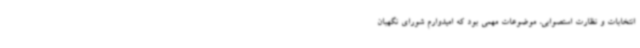
انتخابات و نظارت استصوابی، موضوعات مهمی بود که امیدوارم شورای نگهبان